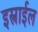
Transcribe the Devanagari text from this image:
इस्त्राईल